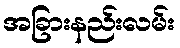
အခြားနည်းလမ်း